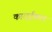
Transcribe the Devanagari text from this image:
काराईकल